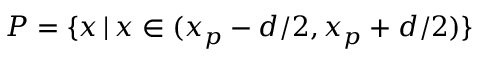
P = \{ x \, | \, x \in ( x _ { p } - d / 2 , x _ { p } + d / 2 ) \}